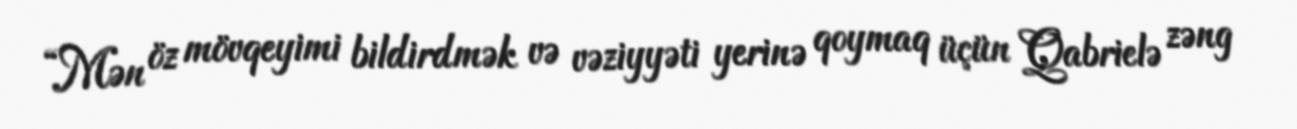
“Mən öz mövqeyimi bildirdmək və vəziyyəti yerinə qoymaq üçün Qabrielə zəng